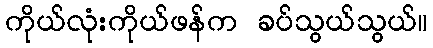
ကိုယ်လုံးကိုယ်ဖန်က ခပ်သွယ်သွယ်။